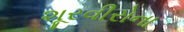
શૂરવીરોના